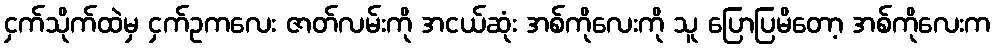
ငှက်သိုက်ထဲမှ ငှက်ဥကလေး ဇာတ်လမ်းကို အငယ်ဆုံး အစ်ကိုလေးကို သူ ပြောပြမိတော့ အစ်ကိုလေးက